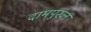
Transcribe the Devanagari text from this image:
दामपुख्त